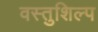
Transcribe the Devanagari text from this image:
वस्तुशिल्प